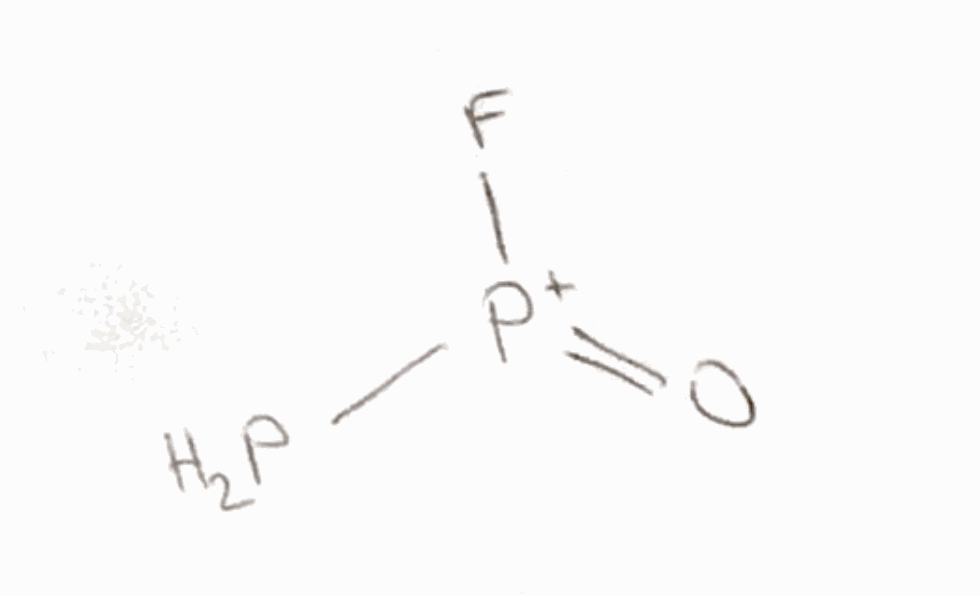
Simplified molecular-input line-entry system (SMILES) notation of the given molecule:
O=[P+](F)P